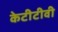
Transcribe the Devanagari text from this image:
केटीटीवी